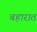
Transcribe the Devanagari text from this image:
बहारात